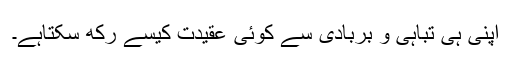
اپنی ہی تباہی و بربادی سے کوئی عقیدت کیسے رکھ سکتاہے۔